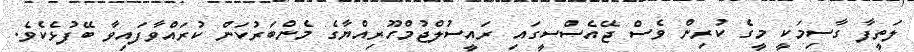
ލަތީފާ ގާސިމަކީ މީގެ ކުރިން ވެސް ޖޭއެސްސީގައި ރައީސުލްޖުމްހޫރިއްޔާގެ މެންބަރުކަން ކުރައްވާފައިވާ ބޭފުޅެކެވެ.